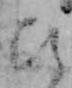
ひ